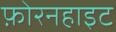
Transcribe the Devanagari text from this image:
फ़ोरनहाइट